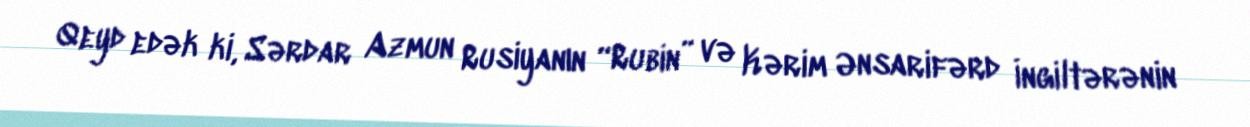
Qeyd edək ki, Sərdar Azmun Rusiyanın “Rubin” və Kərim Ənsarifərd İngiltərənin